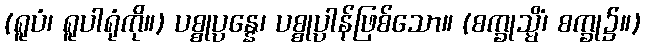
(ရူပံ၊ ရူပါရုံကို။) ပစ္စုပ္ပန္နေ၊ ပစ္စုပ္ပာန်ဖြစ်သော။ (စက္ခုသ္မိံ၊ စက္ခု၌။)